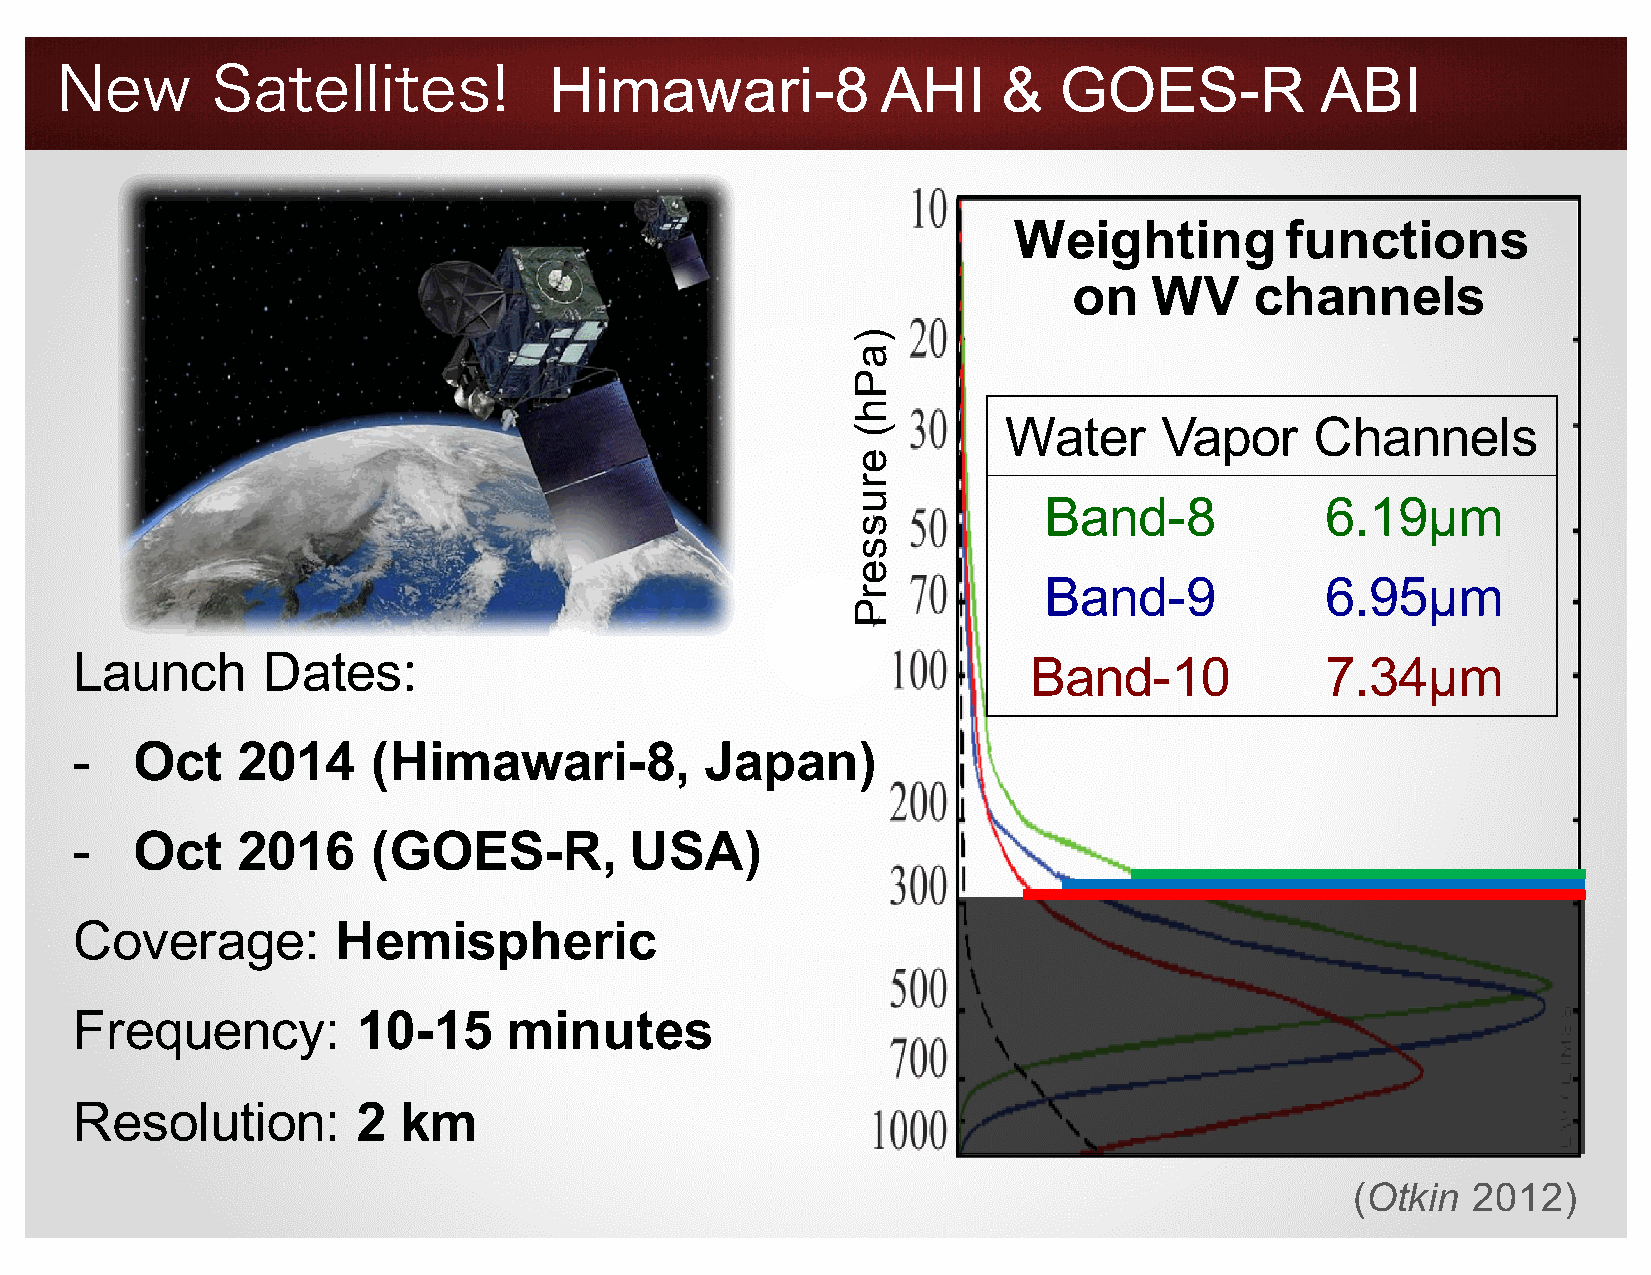
New       Satellites!           Himawari-8            AHI     &   GOES-R           ABI
 Weighting         functions
 on   WV     channels
 Water      Vapor     Channels
 Band-8             6.19µm
 Band-9             6.95µm
 Launch      Dates:                                             Band-10             7.34µm
 -   Oct    2014     (Himawari-8,          Japan)
 -   Oct    2016     (GOES-R,         USA)
 Coverage:        Hemispheric
 Frequency:         10-15     minutes
 Resolution:        2 km
 (Otkin 2012)
 )aPh(
 erusserP